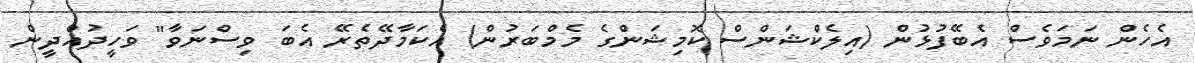
އެހެން ނަމަވެސް އެބޭފުޅުން (އިލެކްޝަންސް ކޮމިޝަންގެ މެމްބަރުން) އެކަމާދޭތެރޭ އެބަ ވިސްނަވާ" ވަހީދުއްދީން